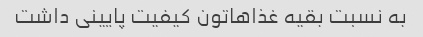
به نسبت بقیه غذاهاتون کیفیت پایینی داشت